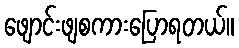
ဖျောင်းဖျစကားပြောရတယ်။